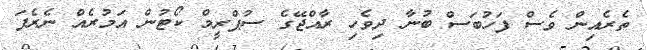
ތެރެއިން ވެސް ފަހުބަސް ބުނާ ދިވެހި ރާއްޖޭގެ ސުޕްރީމް ކޯޓުން އަމުރެއް ނެރެފަ